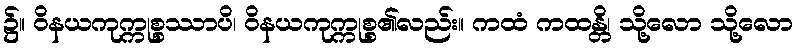
၌။ ဝိနယကုက္ကုစ္စဿာပိ၊ ဝိနယကုက္ကုစ္စ၏လည်း။ ကထံ ကထန္တိ၊ သို့လော သို့လော